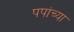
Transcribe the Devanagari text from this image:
पपांच्या